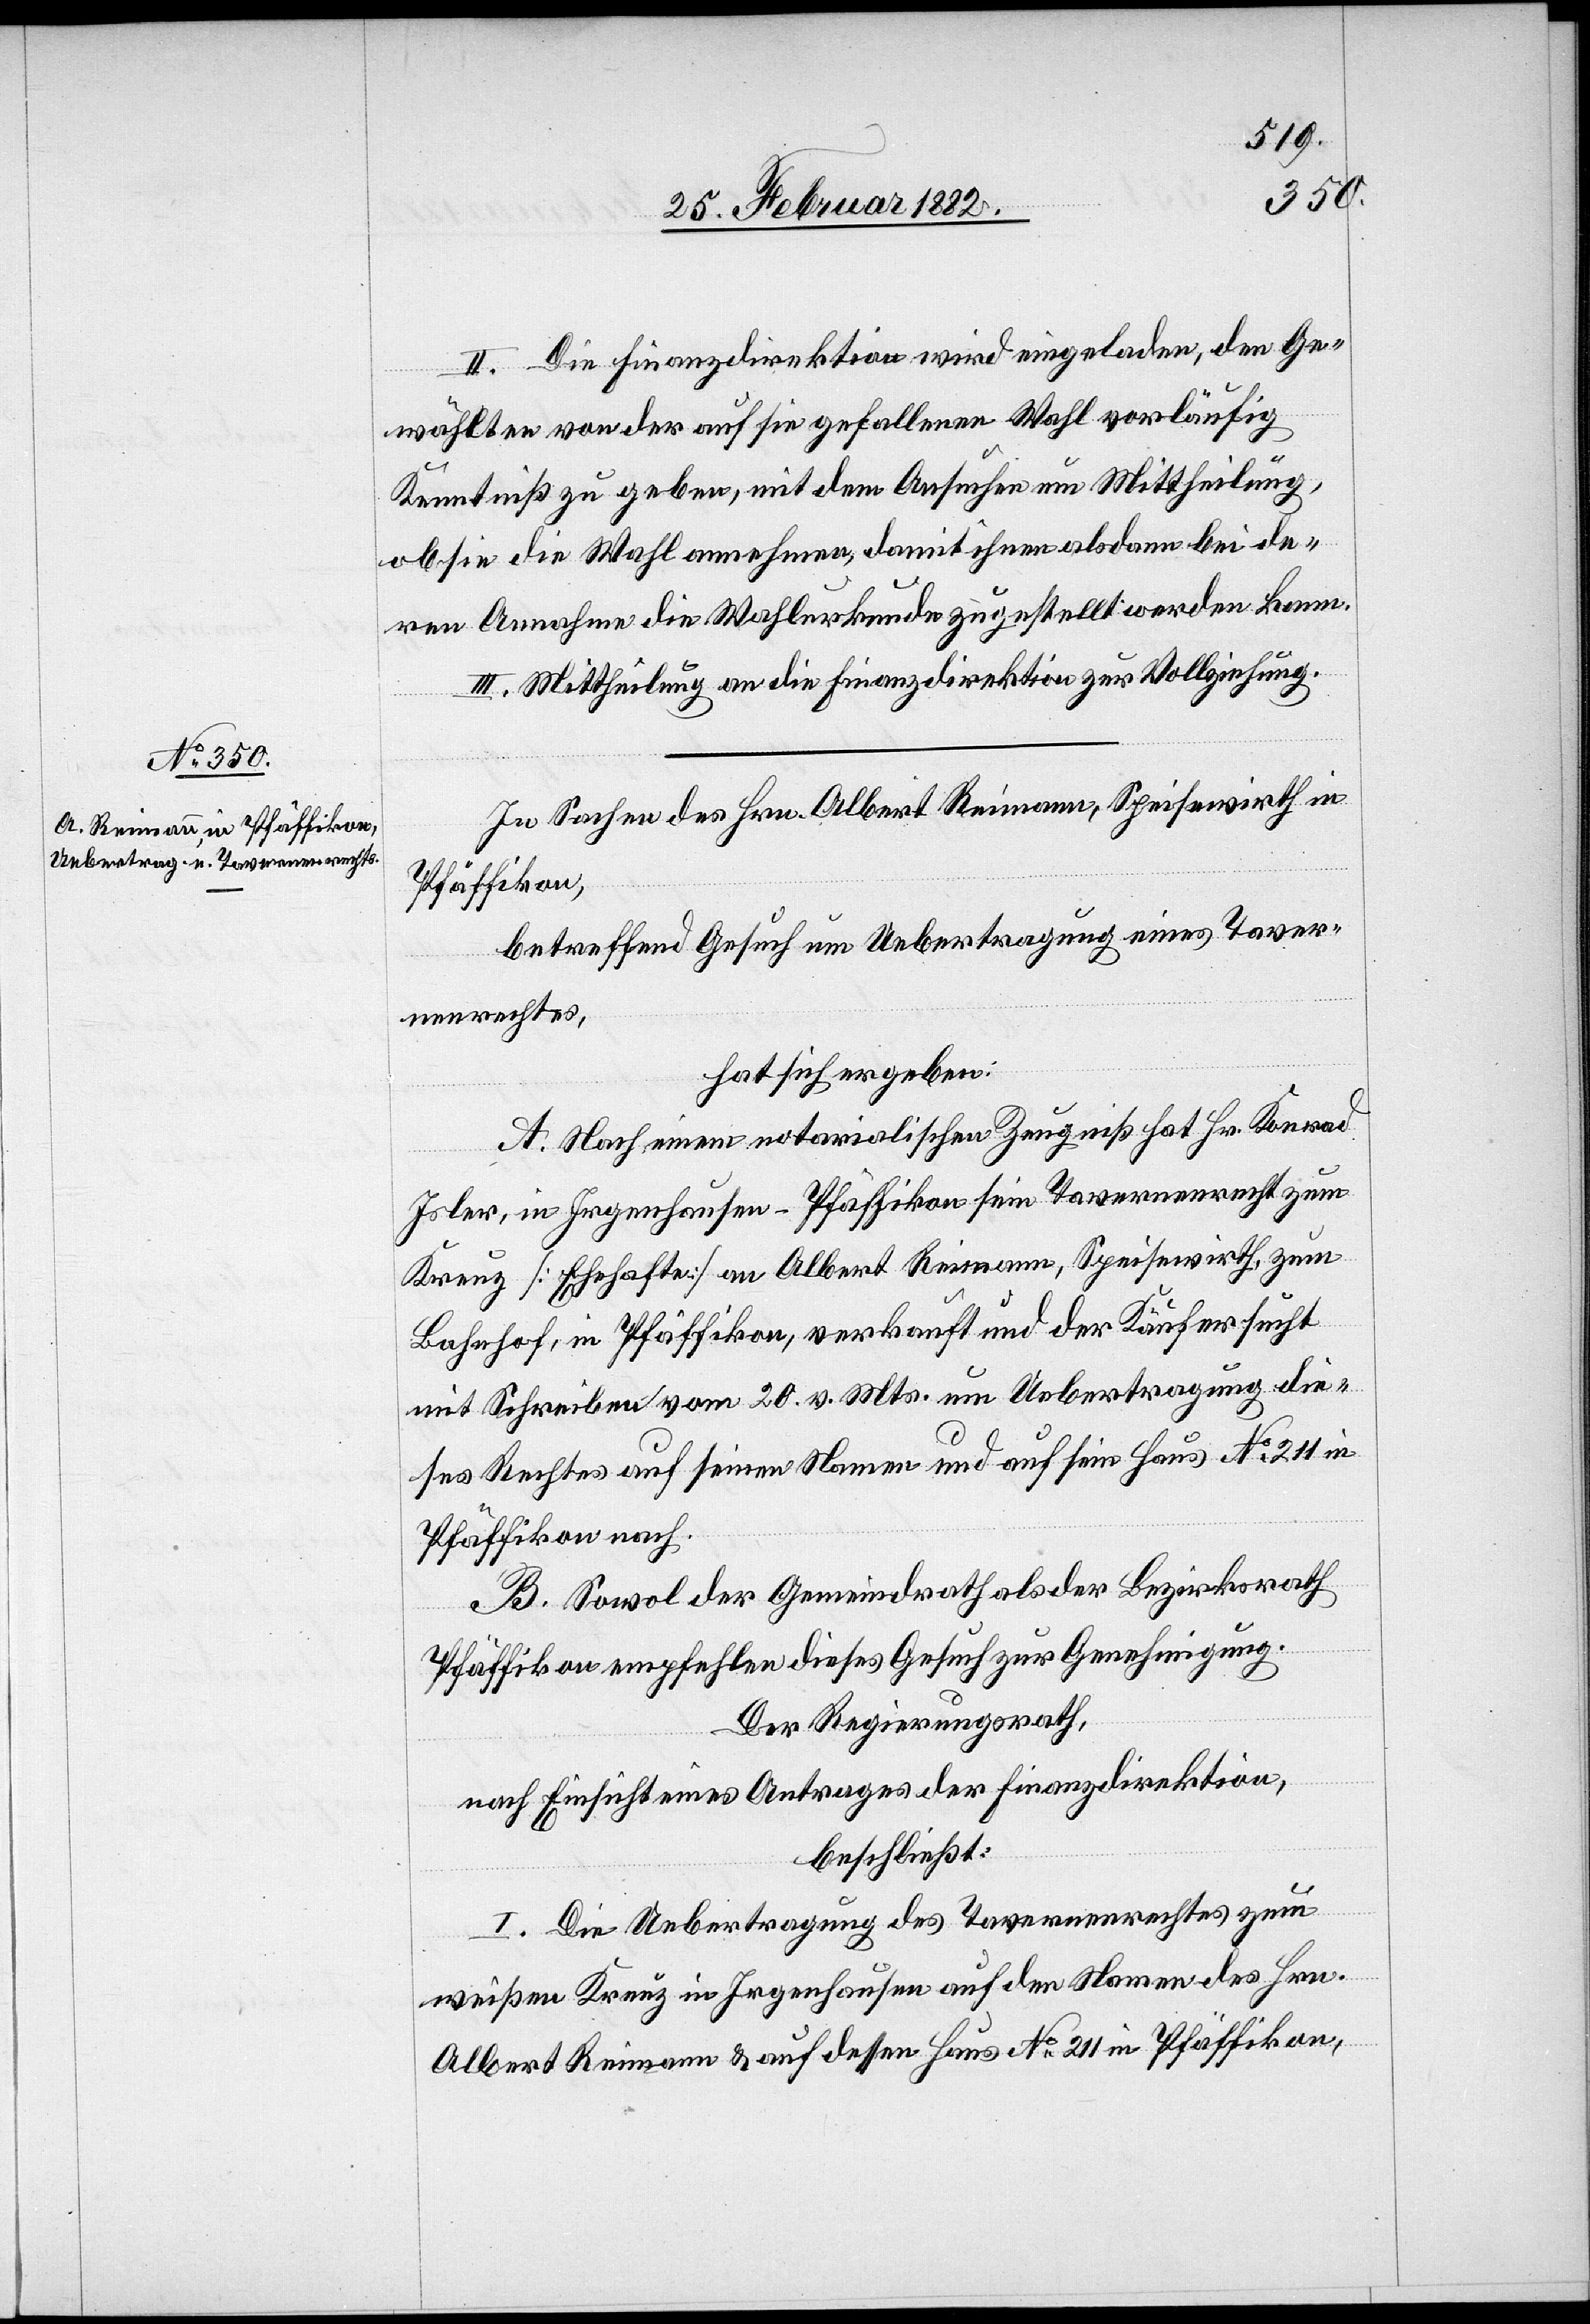
II. Die Finanzdirektion wird eingeladen, den Ge¬
wählten von der auf sie gefallene Wahl vorläufig
Kenntniß zu geben, mit dem Ansuchen um Mittheilung,
ob sie die Wahl annehmen, damit ihren als dann bei de¬
ren Annahme die Wahlurkunde zugestellt werden kann.
III. Mittheilung an die Finanzdirektion zu Vollziehung.
In Sachen des Hrn. Albert Reimann, Speisewirth in
Pfäffikon,
betreffend Gesuch um Uebertragung eines Taver¬
nenrechtes,
hat sich ergeben:
A. Nach einem notarialischen Zeugniß hat Hr. Konrad
Isler, In Irgenhausen - Pfäffikon sein Tavernenrecht zum
Kreuz [Ehehafte] an Albert Reimann, Speisewirth, zum
Bahnhof, in Pfäffikon, verkauft und der Käufer sucht
mit Schreiben vom 20 v. Mt. um Uebertragung die¬
ses Rechtes auf seinen Namen und auf sein Haus No 211 in
Pfäffikon nach.
B. Sowol der Gemeindrath als der Bezirksrath
Pfäffikon empfehlen dieses Gesuch zur Genehmigung.
Der Regierungsrath,
nach Einsicht eines Antrages der Finanzdirektion,
beschließt:
I. Die Ueberttagung des Tavernenrechtes zum
weißen Kreuz in Irgenhausen auf den Namen des Hrn.
Albert Reimann & auf dessen Haus No 211 in Pfäffikon,